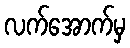
လက်အောက်မှ